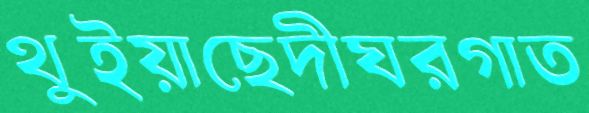
থুইয়াছেদীঘরগাত